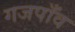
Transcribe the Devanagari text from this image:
गजपाँव